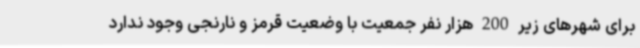
برای شهرهای زیر 200 هزار نفر جمعیت با وضعیت قرمز و نارنجی وجود ندارد